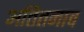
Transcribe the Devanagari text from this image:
अतितनाव